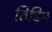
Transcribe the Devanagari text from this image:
तिद्दिम